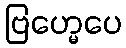
ဗြဟ္မေပေ